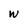
Character: w